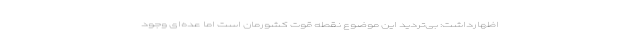
اظهارداشت: بی‌تردید این موضوع نقطه قوت کشورمان است اما عده‌ای وجود